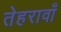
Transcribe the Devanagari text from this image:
तेहरावाँ